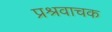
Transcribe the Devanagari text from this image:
प्रश्रवाचक